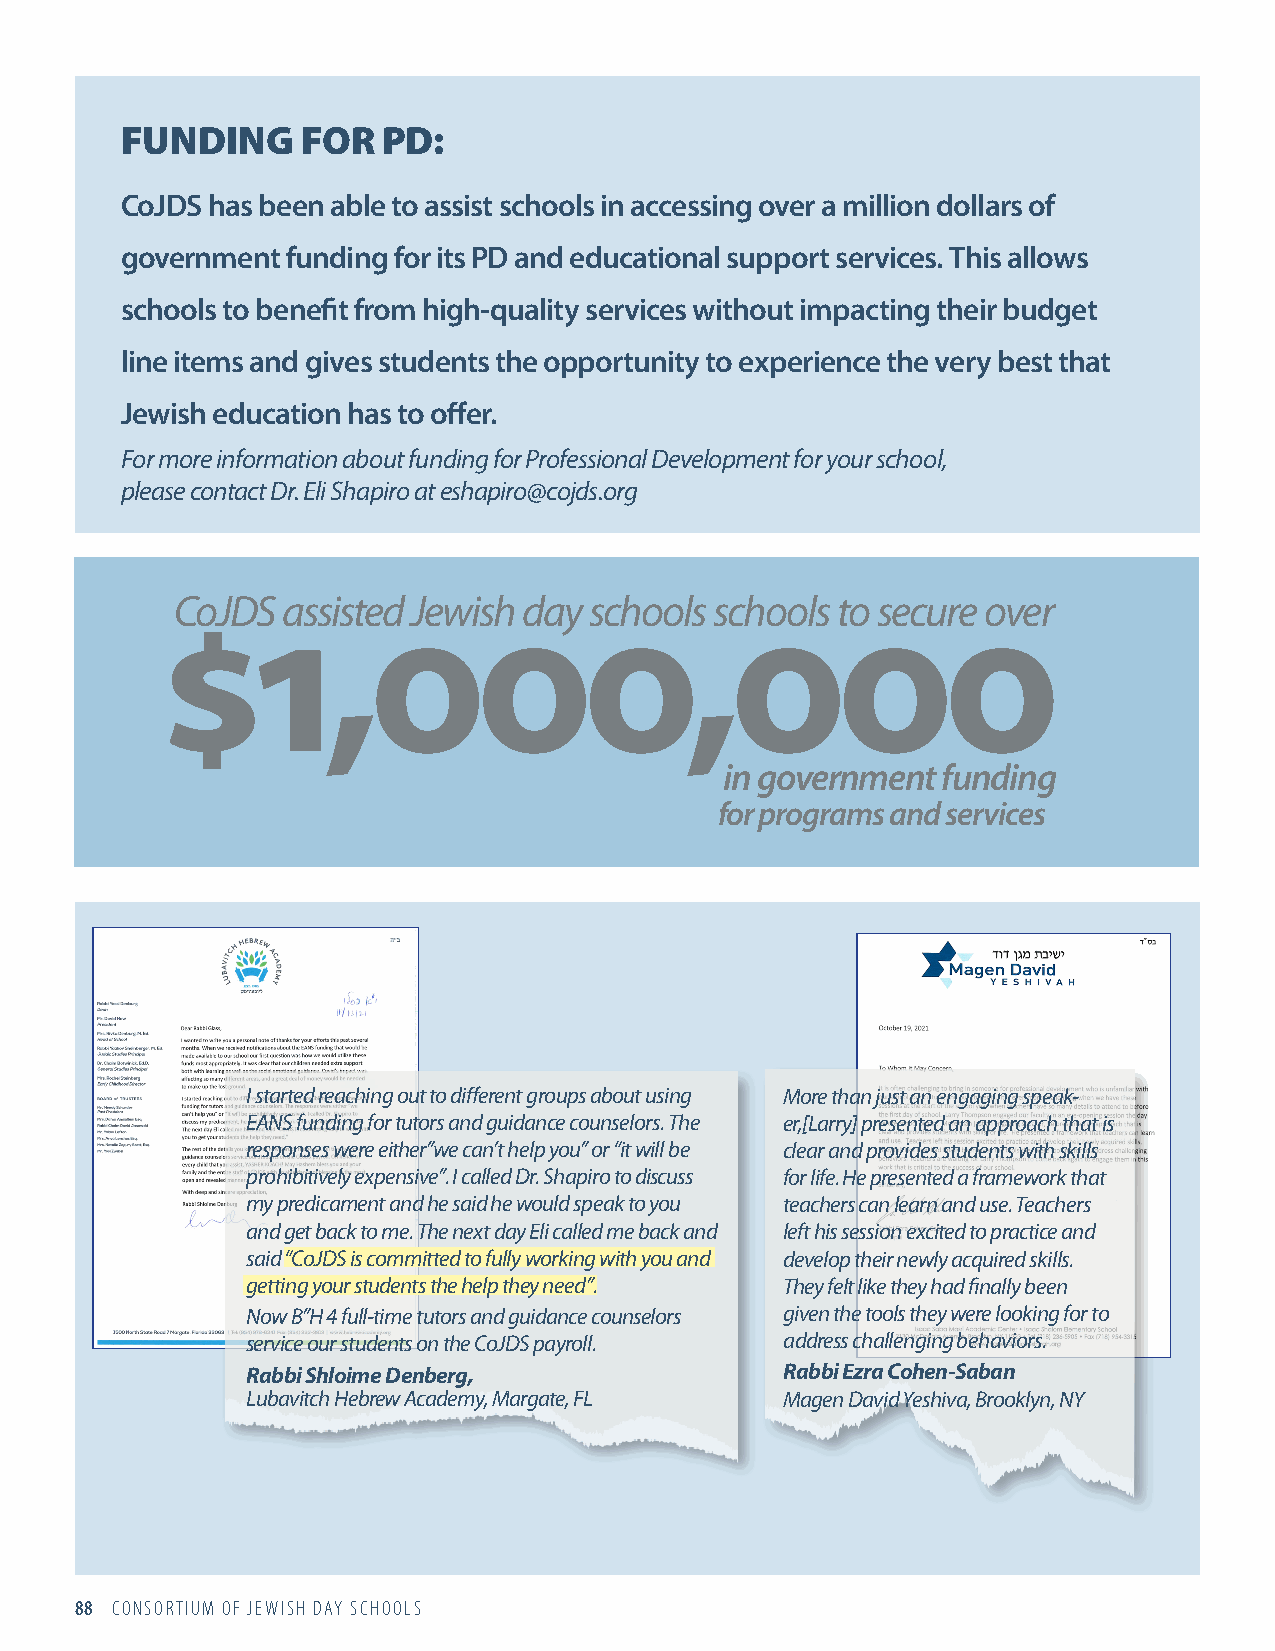
FUNDING     FOR  PD:
 CoJDS has been able to assist schools in accessing over a million dollars of
 government funding for its PD and educational support services. This allows
 schools to benefit from high-quality services without impacting their budget
 line items and gives students the opportunity to experience the very best that
 Jewish education has to offer.
 For more information about funding for Professional Development for your school,
 please contact Dr. Eli Shapiro at eshapiro@cojds.org
 $CoJD1S  ass,iste0d Jewi0sh day 0school,s sc0hools 0to secu0re over
 in government funding
 for programs and services
 I started reaching out to different groups about using More than just an engaging speak-
 EANS funding for tutors and guidance counselors. The er,[Larry] presented an approach that is
 responses were either”we can’t help you” or “it will be clear and provides students with skills
 prohibitively expensive”. I called Dr. Shapiro to discuss for life. He presented a framework that
 my predicament and he said he would speak to you teachers can learn and use. Teachers
 and get back to me. The next day Eli called me back and left his session excited to practice and
 said “CoJDS is committed to fully working with you and develop their newly acquired skills.
 getting your students the help they need”. They felt like they had finally been
 Now B”H 4 full-time tutors and guidance counselors given the tools they were looking for to
 service our students on the CoJDS payroll. address challenging behaviors.
 Rabbi Shloime Denberg,              Rabbi Ezra Cohen-Saban
 Lubavitch Hebrew Academy, Margate, FL Magen David Yeshiva, Brooklyn, NY
 88 CONSORTIUM OF JEWISH DAY SCHOOLS